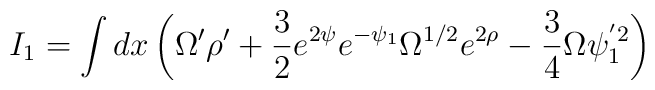
I_1=\int dx \left( \Omega' \rho'+\frac{3}{2}e^{2\psi} e^{-\psi_1}\Omega^{1/2}e^{2\rho}-\frac{3}{4}\Omega\psi_1^{'2} \right)